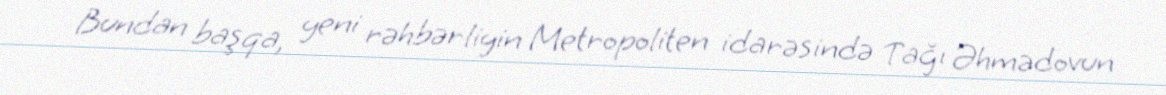
Bundan başqa, yeni rəhbərliyin Metropoliten idarəsində Tağı Əhmədovun